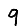
Digit: 9